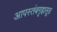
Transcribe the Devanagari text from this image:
आपस्तंबगृह्मसूत्र